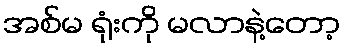
အစ်မ ရုံးကို မလာနဲ့တော့